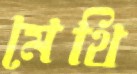
মেথি